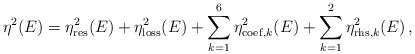
LaTeX: \begin{align*}\eta^2(E) = \eta_{\rm res}^2(E) + \eta_{\rm loss}^2(E) + \sum_{k=1}^6\eta_{{\rm coef},k}^2(E) + \sum_{k=1}^2\eta_{{\rm rhs},k}^2(E) \,,\end{align*}